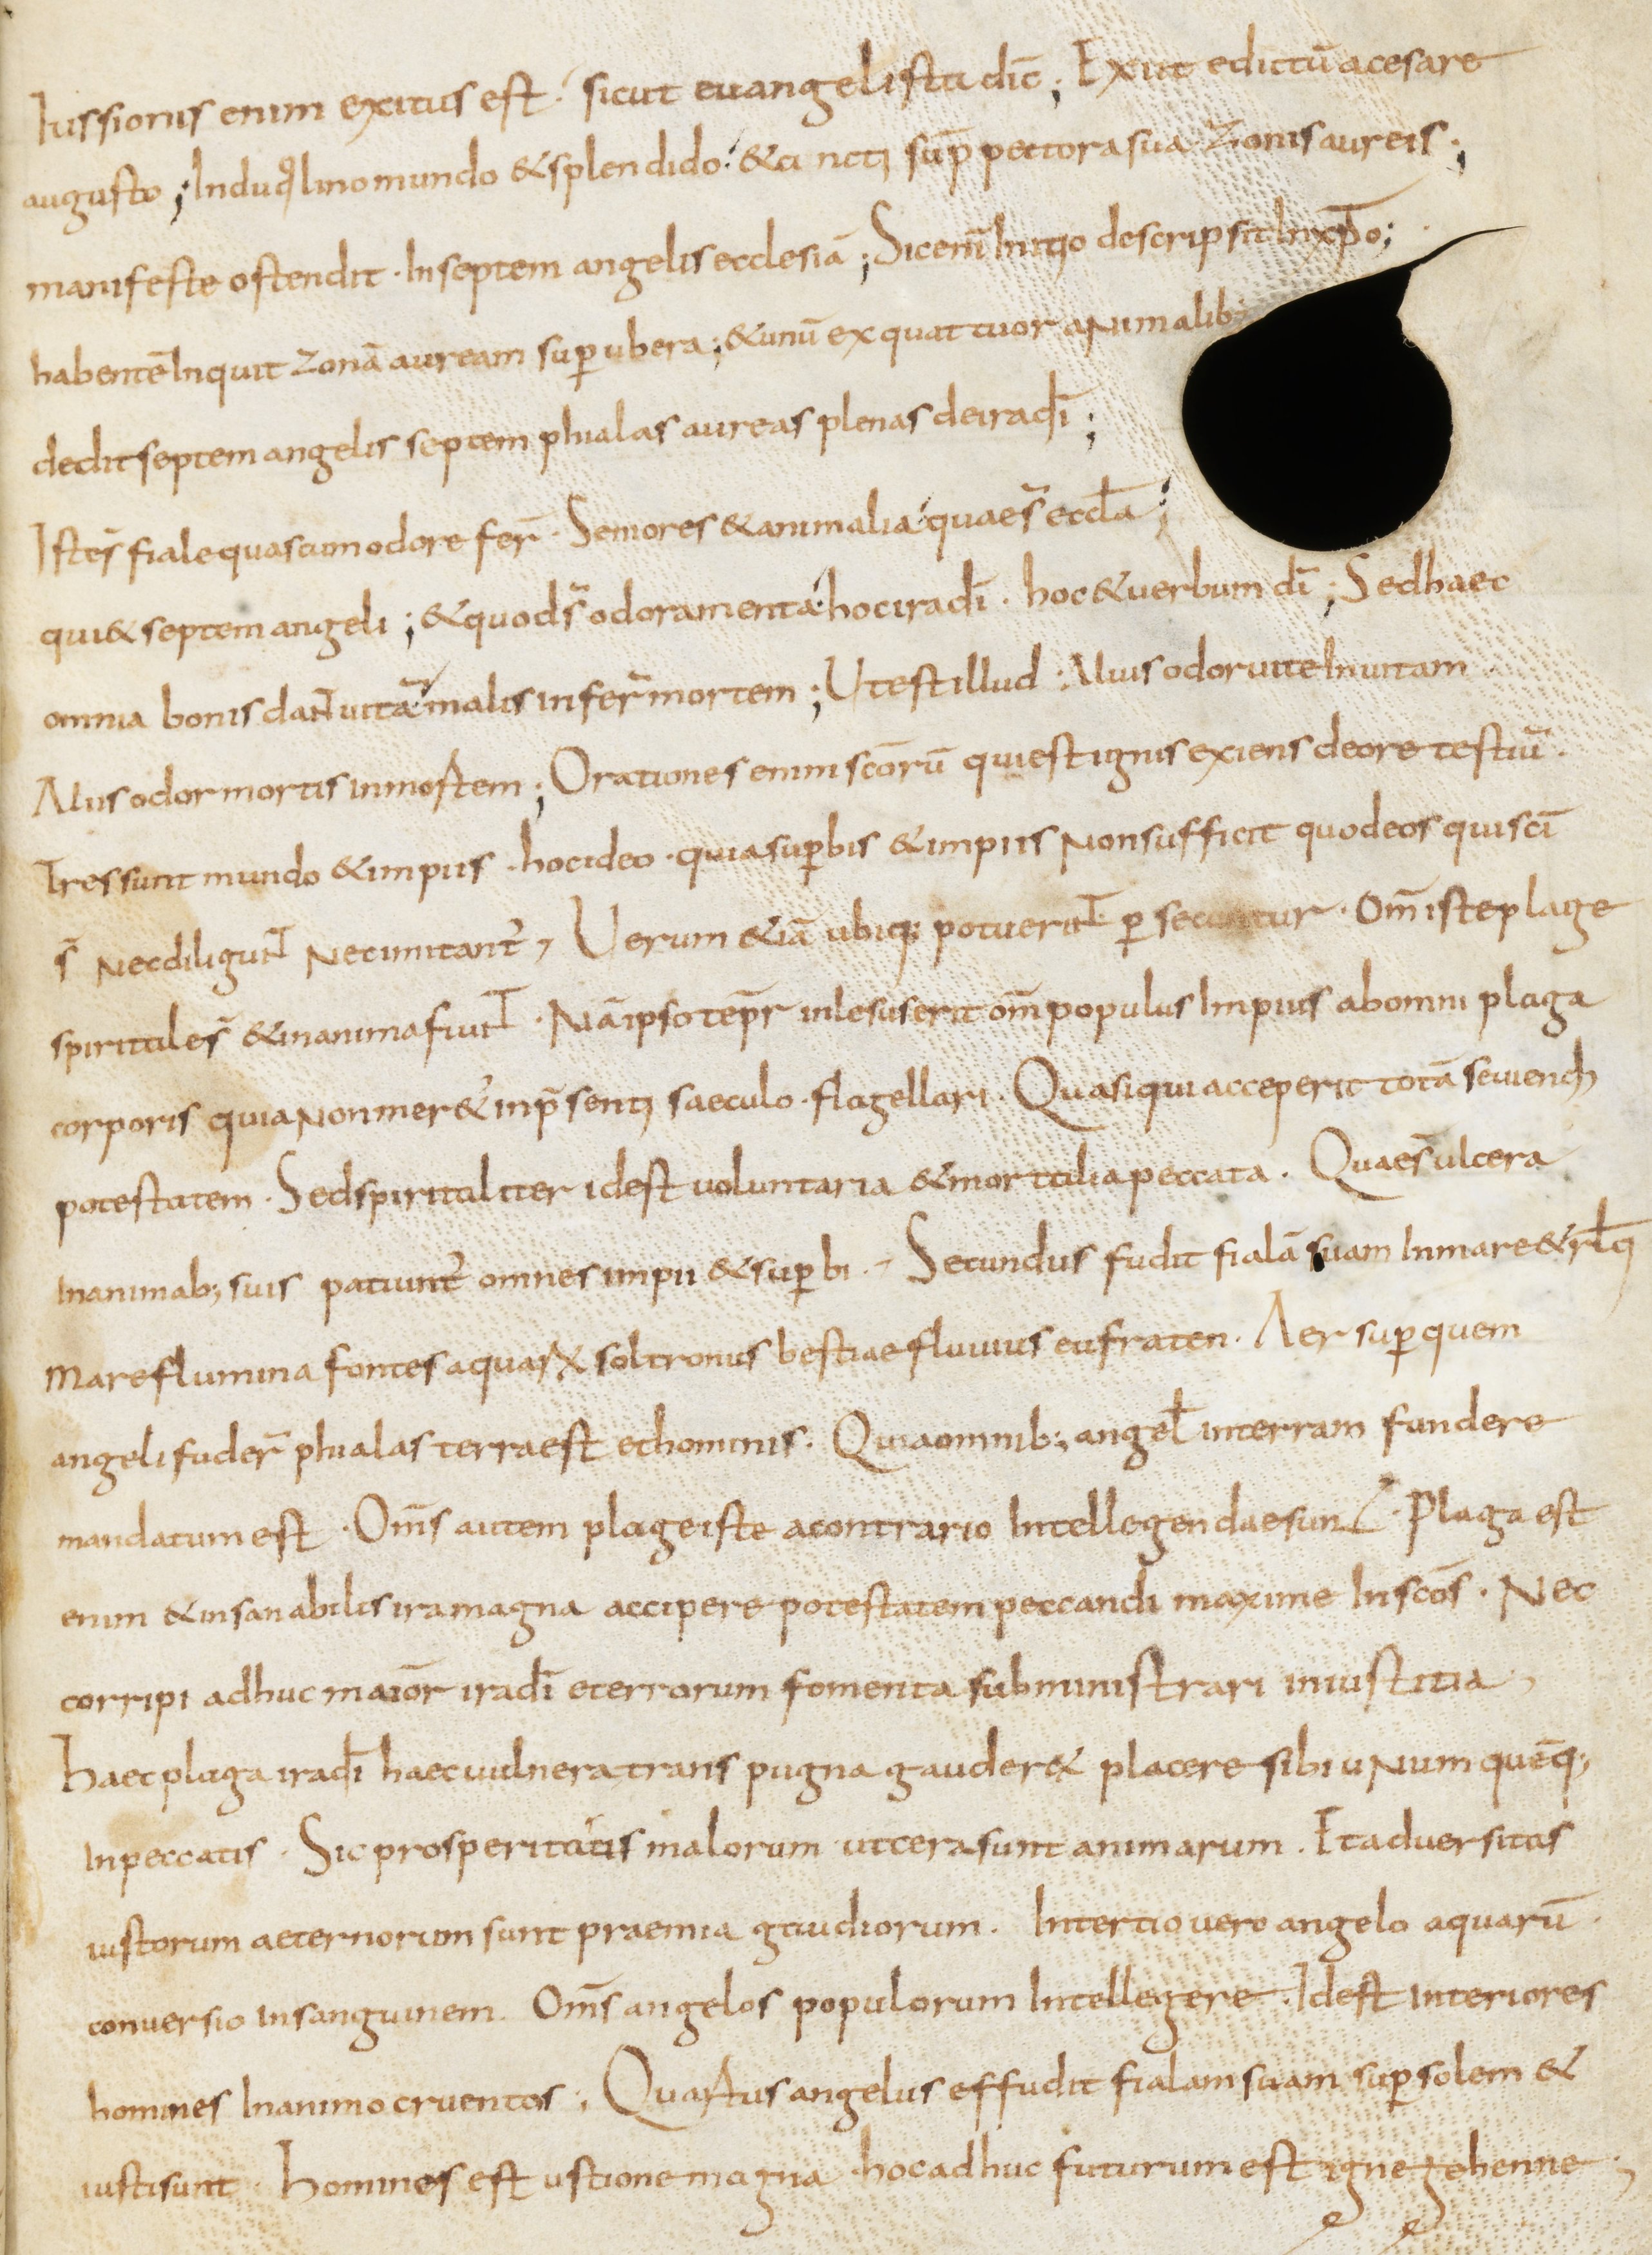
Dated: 800–899